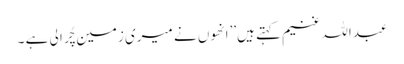
عبداللہ غنیم کہتے ہیں’’انھوں نے میری زمین چُرا لی ہے ۔